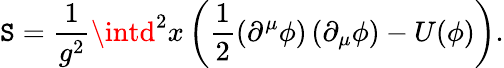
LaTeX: \mathtt{S}=\frac{{1}}{{g^{2}}}\intd^{2}x\left(\frac{{1}}{{2}}\left(\partial^{\mu}\phi\right)\left(\partial_{\mu}\phi\right)-U(\phi)\right).